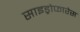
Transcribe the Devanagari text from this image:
साइड्रोफारेस